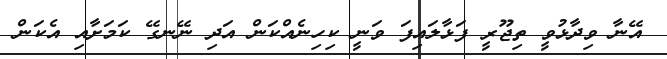
އޭނާ ވިދާޅުވީ ތިޖޫރީ ފަޅާލައިފަ ވަނީ ކިހިނެއްކަން އަދި ނޭނގޭ ކަމަށާއި އެކަން